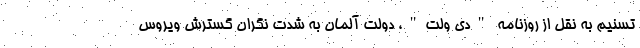
تسنیم به نقل از روزنامه "دی ولت"، دولت آلمان به شدت نگران گسترش ویروس